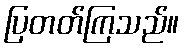
ပြတတ်ကြသည်။